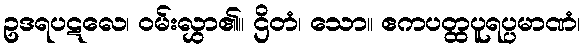
ဥဒရပဋလေ၊ ဝမ်းလွှာ၏။ ဌိတံ၊ သော။ ဧကပတ္ထပူရပ္ပမာဏံ၊